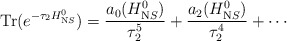
\begin{align*}\mathrm{Tr}(e^{-\tau_2 H_{\mathrm NS}^0})=\frac{a_0(H_{\mathrm NS}^0)}{\tau_2^5} +\frac{a_2(H_{\mathrm NS}^0)}{\tau_2^4}+\cdots\end{align*}